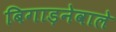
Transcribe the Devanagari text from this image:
बिगाड़नेवाले